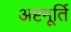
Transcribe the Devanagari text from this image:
अष्टमूर्ति